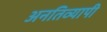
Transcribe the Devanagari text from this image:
अनतिव्यापी